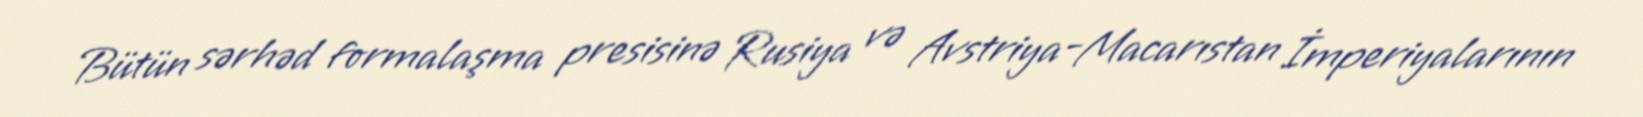
Bütün sərhəd formalaşma presisinə Rusiya və Avstriya-Macarıstan İmperiyalarının